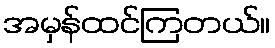
အမှန်ထင်ကြတယ်။